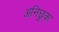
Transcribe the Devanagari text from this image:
अनिछुक